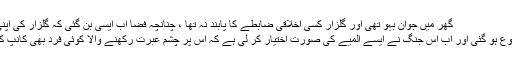
گھر میں جوان بہو تھی اور گلزار کسی اخلاقی ضابطے کا پابند نہ تھا ، چنانچہ فضا اب ایسی بن گئی کہ گلزار کی اپنی بیوی سے تند
و تیز جنگ شروع ہو گئی اور اب اس جنگ نے ایسے المیے کی صورت اختیار کر لی ہے کہ اس پر چشم عبرت رکھنے والا کوئی فرد بھی کانپ کا نپ اٹھتا ہے ۔